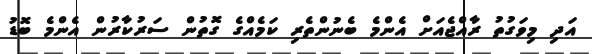
އަދި މިވަގުތު ރާއްޖެއަށް އެންމެ ބެނުންތެރި ކަމެއްގެ ގޮތުން ސަރުކާރުން އެންމެ ބޮޑު